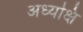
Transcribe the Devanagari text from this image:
अध्यक्षि